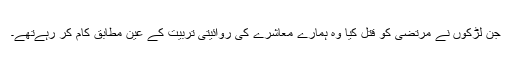
جن لڑکوں نے مرتضٰی کو قتل کیا وہ ہمارے معاشرے کی روائیتی تربیت کے عین مطابق کام کر رہےتھے۔